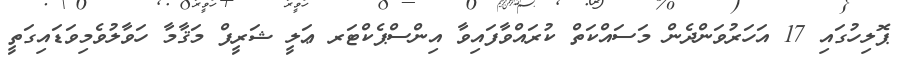
ޕޮލިހުގައި 17 އަހަރުވަންދެން މަސައްކަތް ކުރައްވާފައިވާ އިންސްޕެކްޓަރ ޢަލީ ޝަރީފް މަޤާމާ ހަވާލުވެމިވަޑައިގަތީ